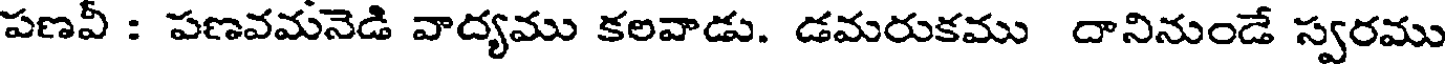
పణవీ : పణవమనెడి వాద్యము కలవాడు. డమరుకము దానినుండే స్వరము